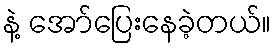
နဲ့ အော်ပြေးနေခဲ့တယ်။